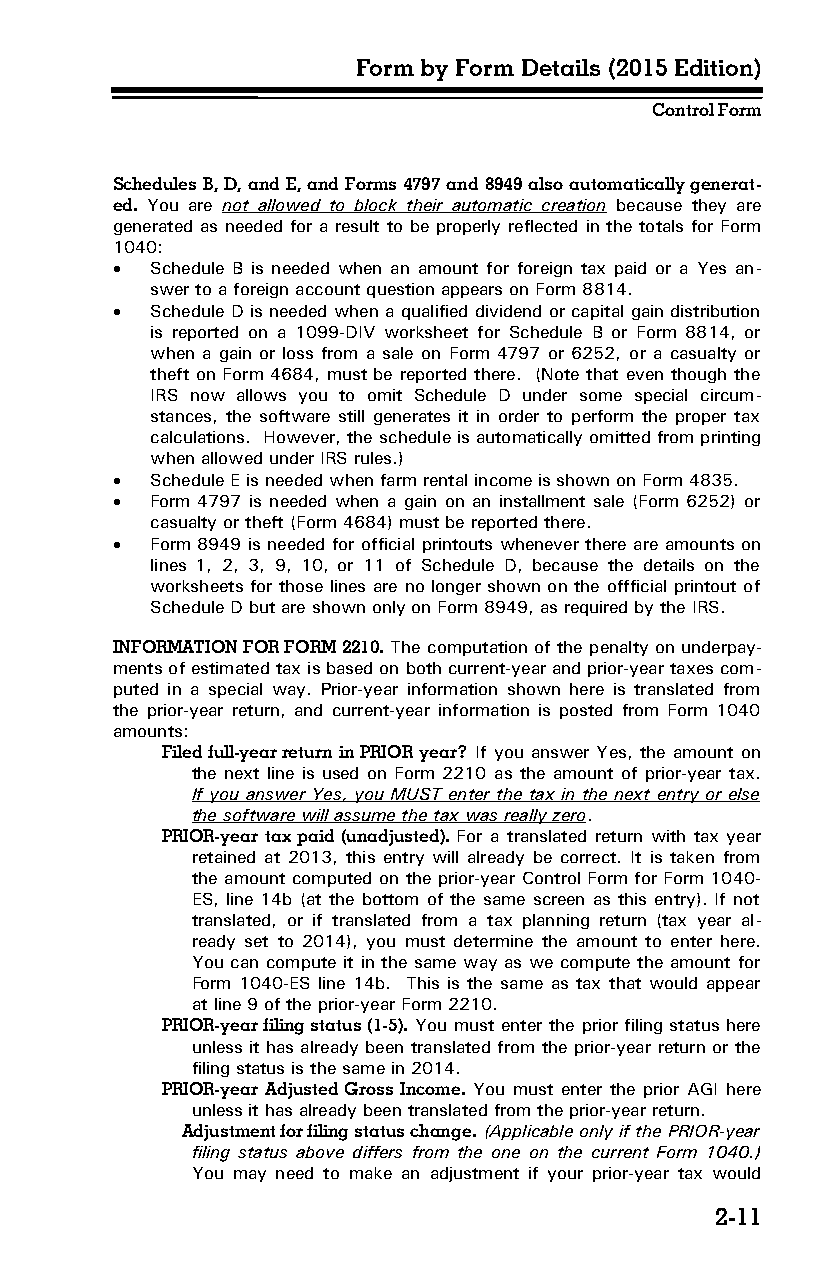
Form by Form Details (2015 Edition)
 Control Form
 Schedules B, D, and E, and Forms 4797 and 8949 also automatically generat­
 ed. You are not allowed to block their automatic creation because they are
 generated as needed for a result to be properly reflected in the totals for Form
 1040:
   Schedule B is needed when an amount for foreign tax paid or a Yes an­
 swer to a foreign account question appears on Form 8814.
   Schedule D is needed when a qualified dividend or capital gain distribution
 is reported on a 1099-DIV worksheet for Schedule B or Form 8814, or
 when a gain or loss from a sale on Form 4797 or 6252, or a casualty or
 theft on Form 4684, must be reported there. (Note that even though the
 IRS now allows you to omit Schedule D under some special circum­
 stances, the software still generates it in order to perform the proper tax
 calculations. However, the schedule is automatically omitted from printing
 when allowed under IRS rules.)
   Schedule E is needed when farm rental income is shown on Form 4835.
   Form 4797 is needed when a gain on an installment sale (Form 6252) or
 casualty or theft (Form 4684) must be reported there.
   Form 8949 is needed for official printouts whenever there are amounts on
 lines 1, 2, 3, 9, 10, or 11 of Schedule D, because the details on the
 worksheets for those lines are no longer shown on the offficial printout of
 Schedule D but are shown only on Form 8949, as required by the IRS.
 INFORMATION FOR FORM 2210. The computation of the penalty on underpay­
 ments of estimated tax is based on both current-year and prior-year taxes com­
 puted in a special way. Prior-year information shown here is translated from
 the prior-year return, and current-year information is posted from Form 1040
 amounts:
 Filed full-year return in PRIOR year? If you answer Yes, the amount on
 the next line is used on Form 2210 as the amount of prior-year tax.
 If you answer Yes, you MUST enter the tax in the next entry or else
 the software will assume the tax was really zero.
 PRIOR-year tax paid (unadjusted). For a translated return with tax year
 retained at 2013, this entry will already be correct. It is taken from
 the amount computed on the prior-year Control Form for Form 1040-
 ES, line 14b (at the bottom of the same screen as this entry). If not
 translated, or if translated from a tax planning return (tax year al­
 ready set to 2014), you must determine the amount to enter here.
 You can compute it in the same way as we compute the amount for
 Form 1040-ES line 14b. This is the same as tax that would appear
 at line 9 of the prior-year Form 2210.
 PRIOR-year filing status (1-5). You must enter the prior filing status here
 unless it has already been translated from the prior-year return or the
 filing status is the same in 2014.
 PRIOR-year Adjusted Gross Income. You must enter the prior AGI here
 unless it has already been translated from the prior-year return.
 Adjustment for filing status change. (Applicable only if the PRIOR-year
 filing status above differs from the one on the current Form 1040.)
 You may need to make an adjustment if your prior-year tax would
 2-11